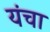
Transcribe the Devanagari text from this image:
यंचा